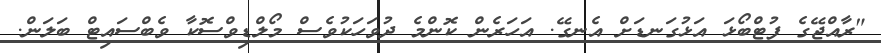
"ރާއްޖޭގެ ފުޓްބޯޅަ އަޅުގަނޑަށް އެނގޭ. އަހަރެން ކޮންމެ ދުވަހަކުވެސް މޯލްޑިވްސޮކާ ވެބްސައިޓް ބަލަން.